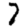
Digit: 7